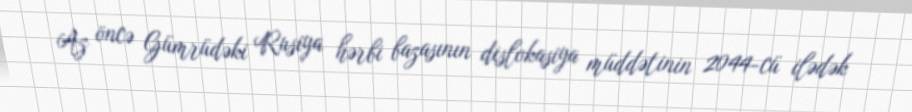
Az öncə Gümrüdəki Rusiya hərbi bazasının dislokasiya müddətinin 2044-cü ilədək